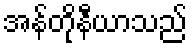
အန်တိုနီယာသည်